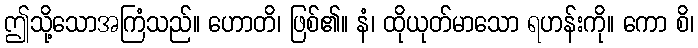
ဤသို့သောအကြံသည်။ ဟောတိ၊ ဖြစ်၏။ နံ၊ ထိုယုတ်မာသော ရဟန်းကို။ ကော စိ၊